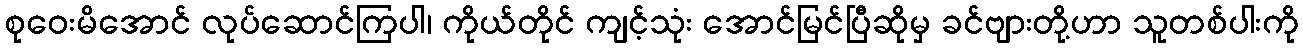
စုဝေးမိအောင် လုပ်ဆောင်ကြပါ၊ ကိုယ်တိုင် ကျင့်သုံး အောင်မြင်ပြီဆိုမှ ခင်ဗျားတို့ဟာ သူတစ်ပါးကို